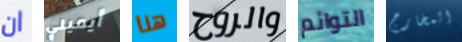
ان أيميلي هنا والروح التوائم المخارج